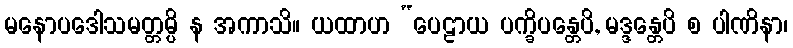
မနောပဒေါသမတ္တမ္ပိ န အကာသိ။ ယထာဟ “ပေဠာယ ပက္ခိပန္တေပိ, မဒ္ဒန္တေပိ စ ပါဏိနာ၊